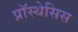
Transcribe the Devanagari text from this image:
प्रॉस्थेसिस